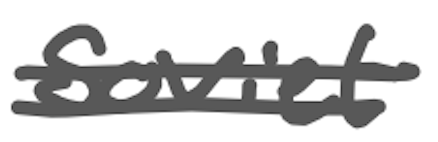
Text: Soviet
Cross-out: double-line
Writing tool: digital_gray